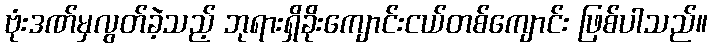
ဗုံးဒဏ်မှလွတ်ခဲ့သည့် ဘုရားရှိခိုးကျောင်းငယ်တစ်ကျောင်း ဖြစ်ပါသည်။